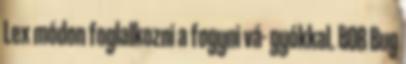
Lex módon foglalkozni a fogyni vá- gyókkal. BOB Bug